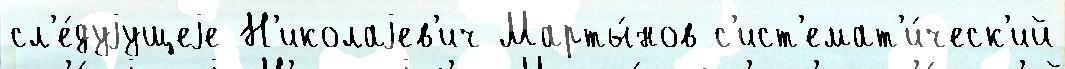
сл'е́дуjущеjе Н'иколаjев'ич Марты́нов с'ист'емат'и́ческ'ий